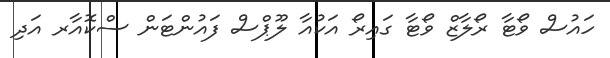
ހައުސް ވޯޓާ ރޯލާޒް ވޯޓާ ގައިރޯ އަކުއާ ލޫޕްސް ފައުންޓަން ސްކޮއާރ އަދި